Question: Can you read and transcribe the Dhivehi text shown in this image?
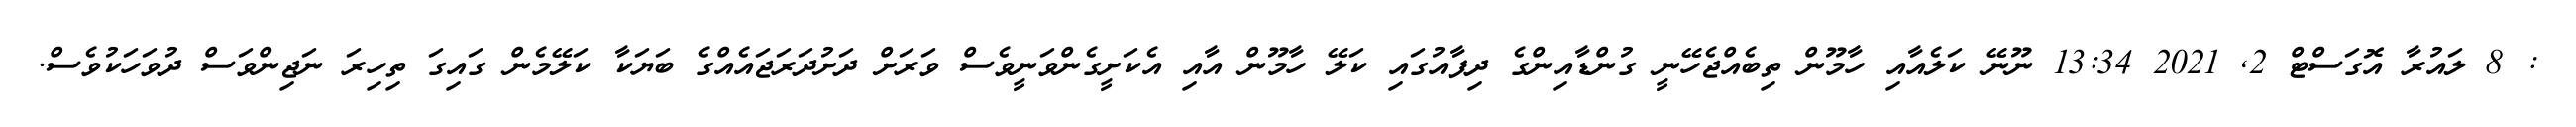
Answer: : 8 ލައުރާ އޮގަސްޓް 2, 2021 13:34 ނޫނޭ ކަލެއާއި ހާމޫން ތިބެއްޖެހޭނީ ގުންޑާއިންގެ ދިފާއުގައި ކަލޭ ހާމޫން އާއި އެކަށީގެންވަނީވެސް ވަރަށް ދަށުދަރަޖައެއްގެ ބަޔަކާ ކަލޭމެން ގައިގަ ތިހިރަ ނަޖިންވަސް ދުވަހަކުވެސް.